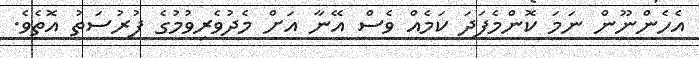
އެހެންނޫން ނަމަ ކޮންމެފަދަ ކަމެއް ވެސް އޭނާ އަށް މެދުވެރިވުމުގެ ފުރުސަތު އޮތެވެ.